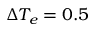
\Delta T _ { e } = 0 . 5